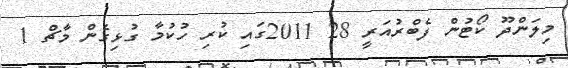
މިލަންދޫ ކޯޓުން ފެބްރުއަރީ 28 2011ގައި ކުރި ހުކުމާ ގުޅިގެން މާޗް 1